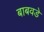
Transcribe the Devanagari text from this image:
बाबवडे